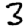
Digit: 3